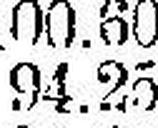
94.25